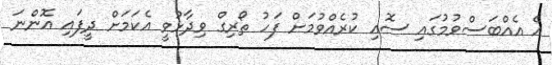
އެ އެއްބަސްވުމުގައި ސޮއި ކުރެއްވުމަށް ފަހު ތޯރިގް ވިދާޅުވީ އެކަމަށް ދީފައި އޮންނަ